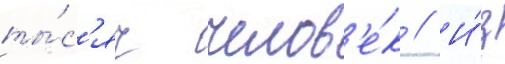
ты́с'яч челов'е́к // И́з